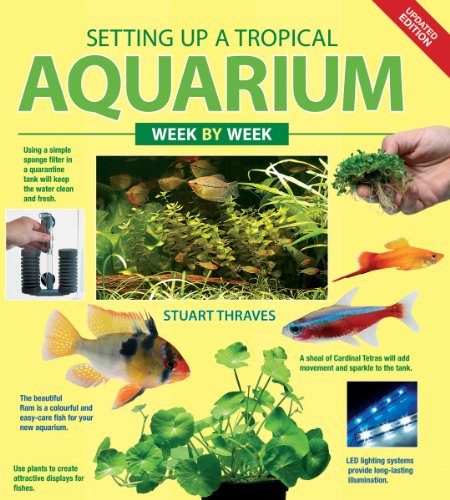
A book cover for Setting up a Tropical Aquarium Week by Week; Stuart Thraves; Crafts, Hobbies & Home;